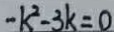
- k ^ { 2 } - 3 k = 0